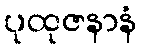
ပုထုဇနာနံ